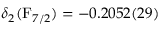
\delta _ { 2 } ( \mathrm { F } _ { 7 / 2 } ) = - 0 . 2 0 5 2 ( 2 9 )